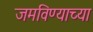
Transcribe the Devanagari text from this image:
जमविण्याच्या